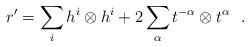
LaTeX: \begin{align*}r'= \sum_{i} h^{i}\otimes h^{i}+2\sum_{\alpha}t^{-\alpha}\otimes t^{\alpha} \ \ . \end{align*}